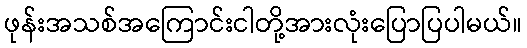
ဖုန်းအသစ်အကြောင်းငါတို့အားလုံးပြောပြပါမယ်။